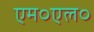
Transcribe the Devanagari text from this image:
एम०एल०